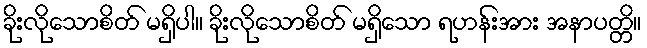
ခိုးလိုသောစိတ် မရှိပါ။ ခိုးလိုသောစိတ် မရှိသော ရဟန်းအား အနာပတ္တိ။